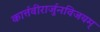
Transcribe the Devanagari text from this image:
कार्त्तवीरार्जुनविजयम्